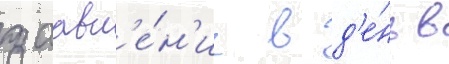
заавл'е́н'ие в д'е́нь в